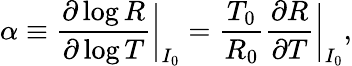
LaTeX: \alpha\equiv\frac{\partial\log R}{\partial\log T}\bigg|_{I_{0}}=\frac{T_{0}}{R_{0}}\frac{\partial R}{\partial T}\bigg|_{I_{0}},